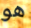
هو